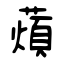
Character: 薠